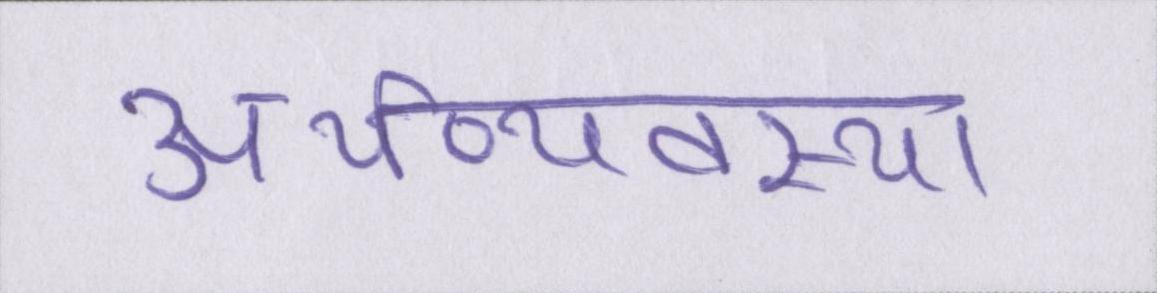
अर्थव्यवस्था